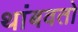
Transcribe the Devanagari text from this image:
थांबवतो